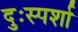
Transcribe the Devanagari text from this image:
दुःस्पर्शा